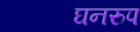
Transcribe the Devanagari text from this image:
घनरुप